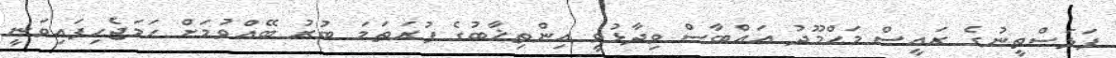
ފަލަސްތީނުގެ ރައީސް މަޙްމޫދު ޢައްބާސް ވިދާޅުވީ އިންތިޚާބުގެ ފުރަތަމަ ބުރު ބޭއްވުމަށް ހަމަޖެހިފައިވަނީ